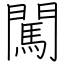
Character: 闖